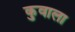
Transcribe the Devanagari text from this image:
कुवाला